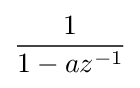
{\frac {1}{1-az^{-1}}}